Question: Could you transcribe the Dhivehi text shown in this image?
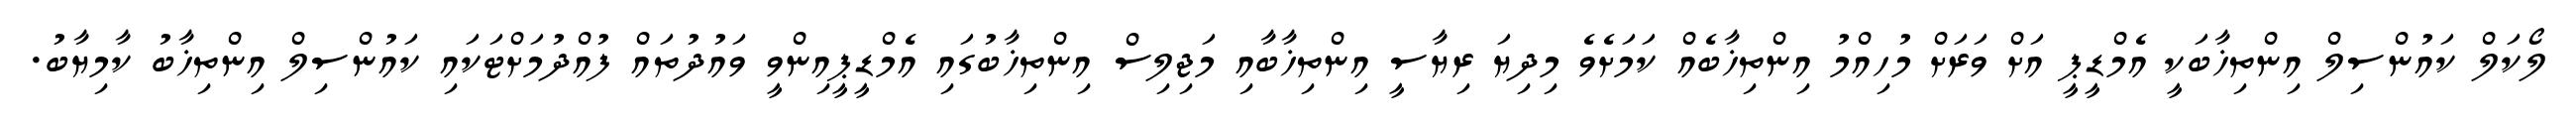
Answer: ލޯކަލް ކައުންސިލް އިންތިޚާބަކީ އެމްޑީޕީ އަށް ވަރަށް މުހިއްމު އިންތިޚާބެއް ކަމަށެވެ މިދިޔަ ރިޔާސީ އިންތިޚާބާއި މަޖިލިސް އިންތިޚާބުގައި އެމްޑީޕީއިންވީ ވައުދުތައް ފުއްދުމަށްޓަކައި ކައުންސިލް އިންތިޚާބު ކާމިޔާބު.